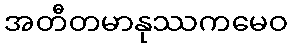
အတီတမာနုဿကမေဝ